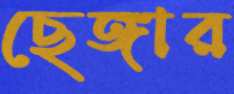
ছেঙ্গার